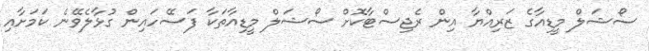
ސޯޝަލް މީޑިއާގެ ޒަރިއްޔާ އިން ރެޖިސްޓާކޮށް ސޯޝަލް މީޑިއާތަކާ ފަސޭހައިން ގުޅާލެވޭނެ ކަމަށާއި